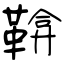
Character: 鞥